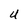
Character: U